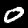
Digit: 0